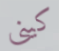
كيني